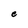
Character: e